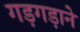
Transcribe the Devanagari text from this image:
गड़गड़ाने